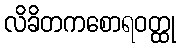
လိခိတကစောရဝတ္ထု